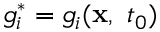
g _ { i } ^ { * } = g _ { i } ( \mathbf { x } , \ t _ { 0 } )